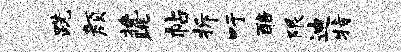
跣颜挽眺帖拆吁醅限迪特